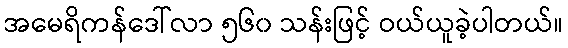
အမေရိကန်ဒေါ်လာ ၅၆၀ သန်းဖြင့် ဝယ်ယူခဲ့ပါတယ်။